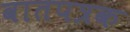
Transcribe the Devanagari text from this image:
वातपत्रक